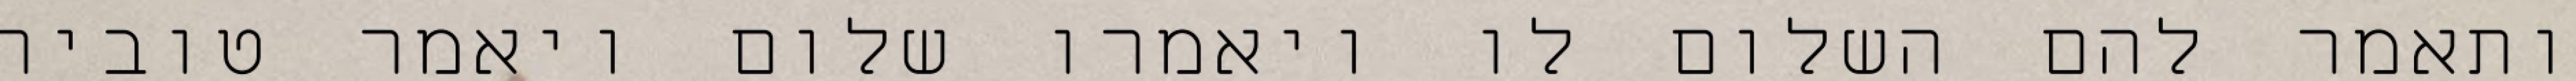
ותאמר להם השלום לו ויאמרו שלום ויאמר טוביה